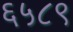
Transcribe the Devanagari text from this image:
६५८९